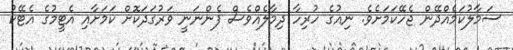
ސަމާލުކަމެއްދޭން ޖެހޭކަމަށެވެ. ނިއުގެ ހުރިހާ ދިމާލެއްވެސް ފެންނަނީ ވަރުގަދަކޮށް ކަމަށާއި އެޓީމުގެ އެޓޭކު